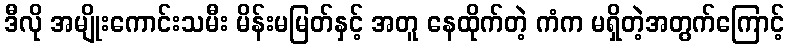
ဒီလို အမျိုးကောင်းသမီး မိန်းမမြတ်နှင့် အတူ နေထိုက်တဲ့ ကံက မရှိတဲ့အတွက်ကြောင့်